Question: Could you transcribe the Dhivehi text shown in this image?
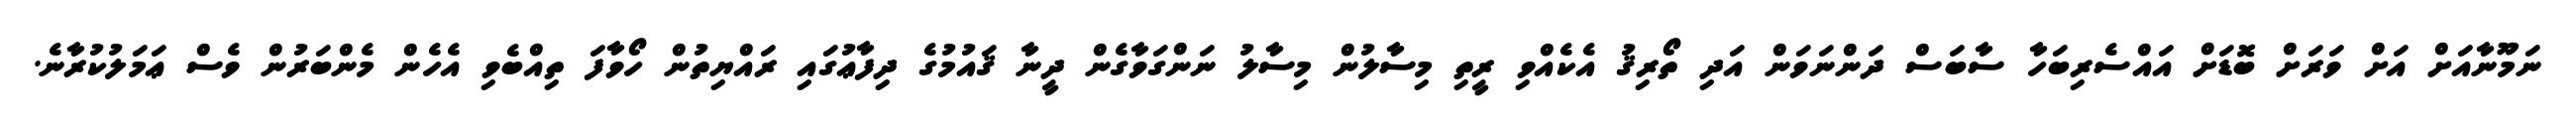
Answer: ނަމޫނާއަށް އަށް ވަރަށް ބޮޑަށް އައްސެރިބަހާ ސާބަސް ދަންނަވަން އަދި ތޯރިޤު އެކެއްވި ރީތި މިސާލުން މިސާލު ނަންގަވާގެން ދީނާ ޤައުމުގެ ދިފާޢުގައި ރައްޔިތުން ހޯވާފަ ތިއްބެވި އެހެން މެންބަރުން ވެސް ޢަމަލުކުރާނެ.